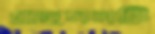
প্রহসনটি